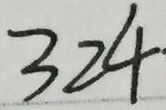
3 2 4